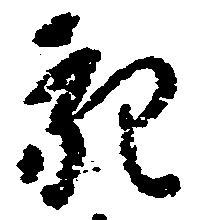
充